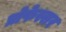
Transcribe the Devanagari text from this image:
प्रोफेस्सर